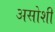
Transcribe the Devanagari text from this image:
असोशी